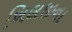
ખિલજીના